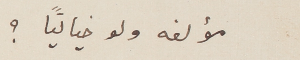
مؤلفه ولو خيالَياً؟